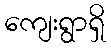
ကျေးရွာရှိ